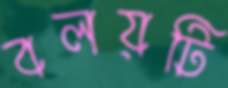
বলয়টি